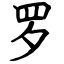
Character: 罗